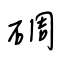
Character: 碉